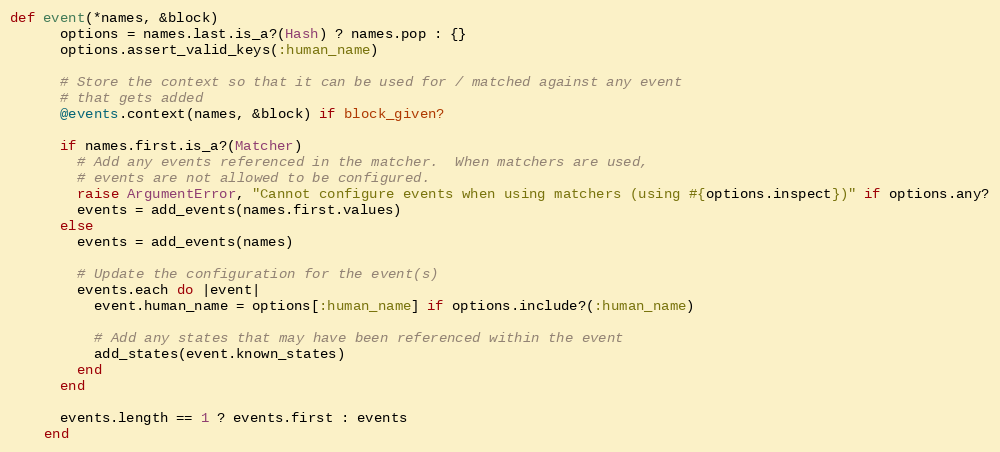
Language: Ruby
def event(*names, &block)
      options = names.last.is_a?(Hash) ? names.pop : {}
      options.assert_valid_keys(:human_name)

      # Store the context so that it can be used for / matched against any event
      # that gets added
      @events.context(names, &block) if block_given?

      if names.first.is_a?(Matcher)
        # Add any events referenced in the matcher.  When matchers are used,
        # events are not allowed to be configured.
        raise ArgumentError, "Cannot configure events when using matchers (using #{options.inspect})" if options.any?
        events = add_events(names.first.values)
      else
        events = add_events(names)

        # Update the configuration for the event(s)
        events.each do |event|
          event.human_name = options[:human_name] if options.include?(:human_name)

          # Add any states that may have been referenced within the event
          add_states(event.known_states)
        end
      end

      events.length == 1 ? events.first : events
    end